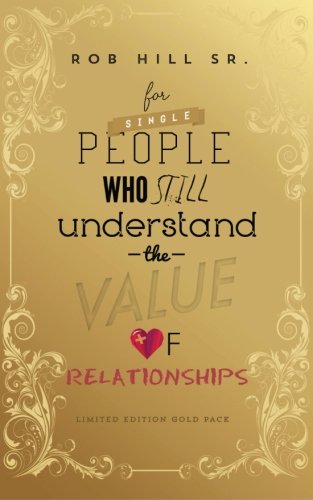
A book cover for For Single People Who Still Understand The Value of Relationships; Rob Hill Sr; Self-Help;